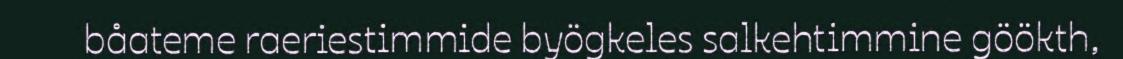
båateme raeriestimmide byögkeles salkehtimmine göökth,